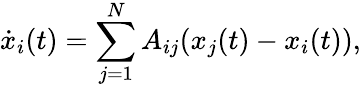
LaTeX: \dot{x}_{i}(t)=\sum_{j=1}^{N}A_{ij}(x_{j}(t)-x_{i}(t)),